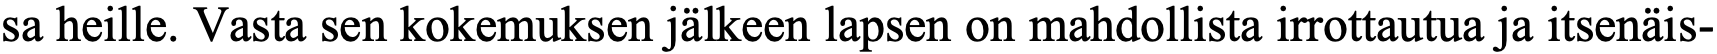
sa heille. Vasta sen kokemuksen jälkeen lapsen on mahdollista irrottautua ja itsenäis-